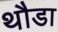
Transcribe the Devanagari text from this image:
थौडा